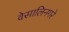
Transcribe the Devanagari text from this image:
वेसालिनगरे